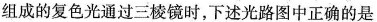
组成的复色光通过三棱镜时，下述光路图中正确的是